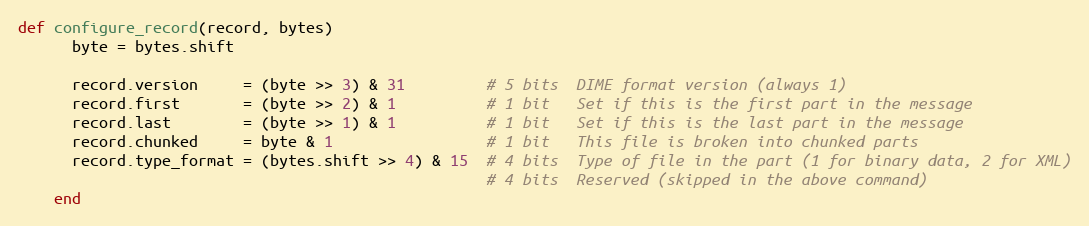
Language: Ruby
def configure_record(record, bytes)
      byte = bytes.shift

      record.version     = (byte >> 3) & 31         # 5 bits  DIME format version (always 1)
      record.first       = (byte >> 2) & 1          # 1 bit   Set if this is the first part in the message
      record.last        = (byte >> 1) & 1          # 1 bit   Set if this is the last part in the message
      record.chunked     = byte & 1                 # 1 bit   This file is broken into chunked parts
      record.type_format = (bytes.shift >> 4) & 15  # 4 bits  Type of file in the part (1 for binary data, 2 for XML)
                                                    # 4 bits  Reserved (skipped in the above command)
    end